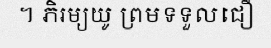
។ ភិរម្យយូ ព្រមទទួលជឿ